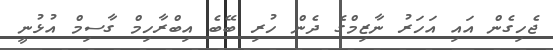
ޖެހިގެން އައި އަހަރު ނާޒިމްގެ ދެން ހުރި ބޭބެ އިބްރާހިމް ގާސިމް އުޅުނީ